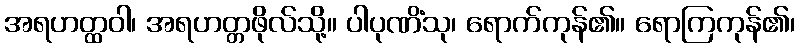
အရဟတ္ထဝါ၊ အရဟတ္တဖိုလ်သို့။ ပါပုဏိံသု၊ ရောက်ကုန်၏။ ရောကြကုန်၏၊